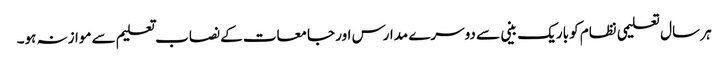
ہر سال تعلیمی نظام کو باریک بینی سے دوسرے مدارس اور جامعات کے نصاب تعلیم سے موازنہ ہو۔